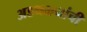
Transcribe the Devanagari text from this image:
अडथळ्यांची